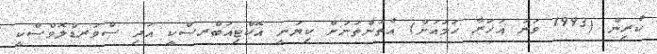
ކުރިން (1993 ވަނަ އަހަރާ ހަމައަށް) އެތަންތަނަށް ކިޔަނީ އޮކްޓިއަބްރސްކީ އަދި ސްވަރޑްލޮވްސްކީ